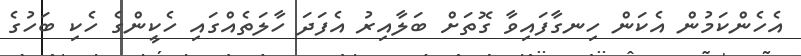
އެހެންކަމުން އެކަން ހިނގާފައިވާ ގޮތަށް ބަލާއިރު އެފަދަ ހާލަތެއްގައި ހެކީންގެ ހެކި ބަހުގެ